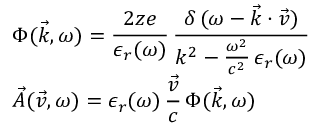
\begin{array} { l } { \displaystyle \Phi ( \vec { k } , \omega ) = \frac { 2 z e } { \epsilon _ { r } ( \omega ) } \, \frac { \delta \, ( \omega - \vec { k } \cdot \vec { v } ) } { k ^ { 2 } - \frac { \omega ^ { 2 } } { c ^ { 2 } } \, \epsilon _ { r } ( \omega ) } } \\ { \displaystyle \vec { A } ( \vec { v } , \omega ) = \epsilon _ { r } ( \omega ) \, \frac { \vec { v } } { c } \, \Phi ( \vec { k } , \omega ) } \end{array}